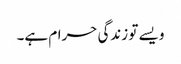
ویسے تو زندگی حرام ہے۔